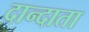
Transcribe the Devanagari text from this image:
दान्दाता